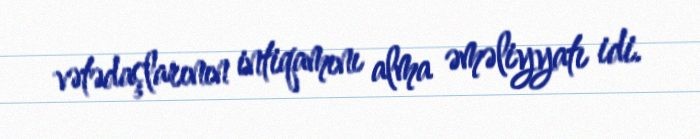
vətədaşlarının intiqamını alma əməliyyatı idi.